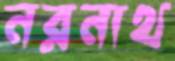
নরনাথ